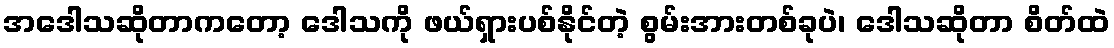
အဒေါသဆိုတာကတော့ ဒေါသကို ဖယ်ရှားပစ်နိုင်တဲ့ စွမ်းအားတစ်ခုပဲ၊ ဒေါသဆိုတာ စိတ်ထဲ